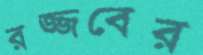
রজ্জবের